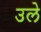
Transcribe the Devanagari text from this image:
उले